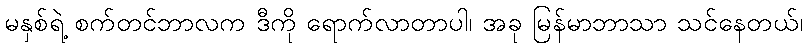
မနှစ်ရဲ့ စက်တင်ဘာလက ဒီကို ရောက်လာတာပါ၊ အခု မြန်မာဘာသာ သင်နေတယ်၊